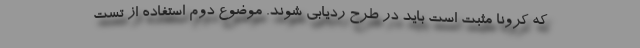
که کرونا مثبت است باید در طرح ردیابی شوند. موضوع دوم استفاده از تست